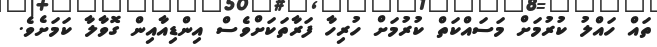
ތައް ހައްލު ކުރުމަށް މަސައްކަތް ކުރުމަށް ހުރިހާ ފަރާތަކަށްވެސް އިންޑިއާއިން ގޮވާލާ ކަމަށެވެ.